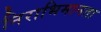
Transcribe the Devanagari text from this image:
निराभिमानता